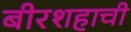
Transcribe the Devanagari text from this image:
बीरशहाची